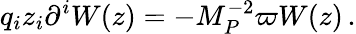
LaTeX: q_{i}z_{i}\partial^{i}W(z)=-M_{P}^{-2}\varpi W(z)\, .